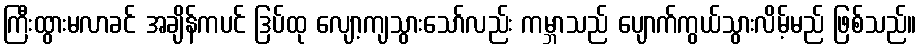
ကြီးထွားမလာခင် အချိန်ကပင် ဒြပ်ထု လျော့ကျသွားသော်လည်း ကမ္ဘာသည် ပျောက်ကွယ်သွားလိမ့်မည် ဖြစ်သည်။